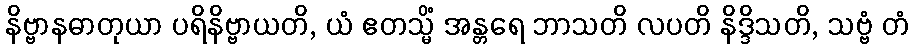
နိဗ္ဗာနဓာတုယာ ပရိနိဗ္ဗာယတိ, ယံ ဧတသ္မိံ အန္တရေ ဘာသတိ လပတိ နိဒ္ဒိသတိ, သဗ္ဗံ တံ